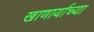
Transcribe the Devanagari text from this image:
खाणार्याच्या